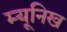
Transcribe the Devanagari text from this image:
म्‍यूनिख